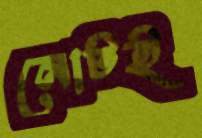
নোটই